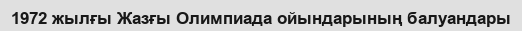
1972 жылғы Жазғы Олимпиада ойындарының балуандары